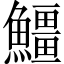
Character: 䲔